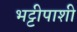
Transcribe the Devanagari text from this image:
भट्टीपाशी